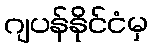
ဂျပန်နိုင်ငံမှ